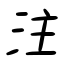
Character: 注